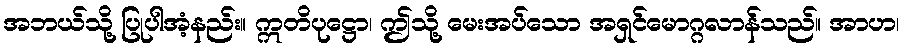
အဘယ်သို့ ပြုပါအံ့နည်း။ ဣတိပုဋ္ဌော၊ ဤသို့ မေးအပ်သော အရှင်မောဂ္ဂလာန်သည်။ အာဟ၊